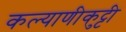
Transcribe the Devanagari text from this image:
कल्याणीकुट्टी